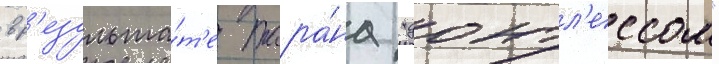
в р'езульта́т'е тара́на "донтл'ессом"